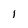
Character: 1